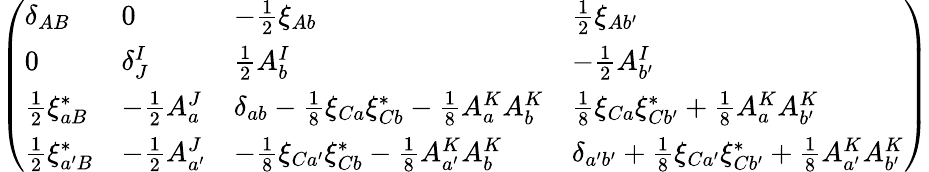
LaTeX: {\left(\begin{array}{llll}{{{\delta_{AB}}}}&{{0}}&{{{-{\frac{1}{2}}\xi_{Ab}}}}&{{{{\frac{1}{2}}\xi_{Ab^{\prime}}}}}\\ {{0}}&{{{\delta_{J}^{I}}}}&{{{{\frac{1}{2}}A_{b}^{I}}}}&{{{-{\frac{1}{2}}A_{b^{\prime}}^{I}}}}\\ {{{{\frac{1}{2}}\xi_{aB}^{*}}}}&{{{-{\frac{1}{2}}A_{a}^{J}}}}&{{{\delta_{ab}-{\frac{1}{8}}\xi_{Ca}\xi_{Cb}^{*}-{\frac{1}{8}}A_{a}^{K}A_{b}^{K}}}}&{{{\frac{1}{8}}{\xi_{Ca}\xi_{Cb^{\prime}}^{*}+{\frac{1}{8}}A_{a}^{K}A_{b^{\prime}}^{K}}}}\\ {{{{\frac{1}{2}}\xi_{a^{\prime}B}^{*}}}}&{{{-{\frac{1}{2}}A_{a^{\prime}}^{J}}}}&{{{-{\frac{1}{8}}\xi_{Ca^{\prime}}\xi_{Cb}^{*}-{\frac{1}{8}}A_{a^{\prime}}^{K}A_{b}^{K}}}}&{{{\delta_{a^{\prime}b^{\prime}}+{\frac{1}{8}}\xi_{Ca^{\prime}}\xi_{Cb^{\prime}}^{*}+{\frac{1}{8}}A_{a^{\prime}}^{K}A_{b^{\prime}}^{K}}}}\end{array}\right)}